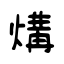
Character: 煹